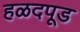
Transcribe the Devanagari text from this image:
हळदपूड